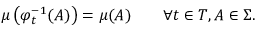
\mu \left( \varphi _ { t } ^ { - 1 } ( A ) \right) = \mu ( A ) \qquad \forall t \in T , A \in \Sigma .